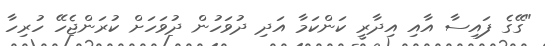
"ގޭގެ ފައިސާ އާއި އިދާރީ ކަންކަމާ އަދި ދުވަހުން ދުވަހަށް ކުރަންޖެހޭ ހުރިހާ